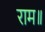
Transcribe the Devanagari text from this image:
राम॥